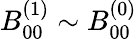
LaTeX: B_{00}^{(1)}\sim B_{00}^{(0)}